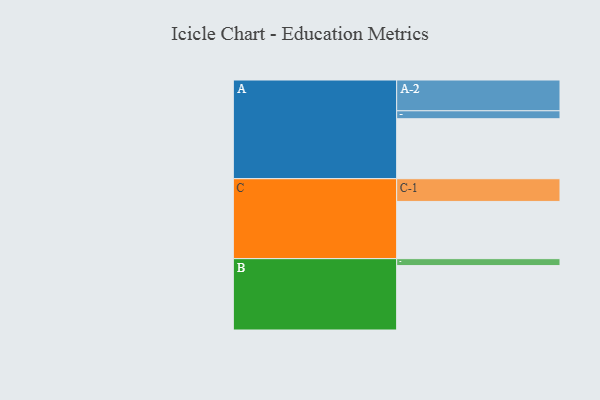
{"axis": {"x": "Segment", "y": "Value"}, "legend": ["", "A", "B", "C"], "data": [{"x": "A", "y": 528, "type": ""}, {"x": "B", "y": 567, "type": ""}, {"x": "C", "y": 504, "type": ""}, {"x": "A-1", "y": 70, "type": "A"}, {"x": "A-2", "y": 271, "type": "A"}, {"x": "B-1", "y": 61, "type": "B"}, {"x": "C-1", "y": 200, "type": "C"}]}